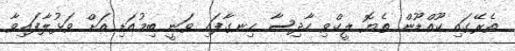
ތެރޭގައި ކޫއްޑޫން ތެޔޮ ލީކްވި ހާދިސާ ހިނގާފައި ވަނީ ބިމުއަޑި އަށް ވަޅުލާފައިވާ